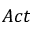
A c t